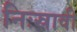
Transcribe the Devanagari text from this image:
निःस्रावी